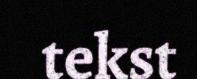
tekst